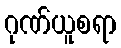
ဂုဏ်ယူစရာ